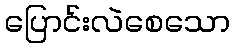
ပြောင်းလဲစေသော